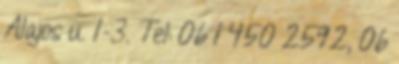
Alajos u. 1-3. Tel: 06 1 450 2592, 06